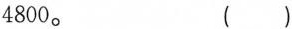
4800。 ()